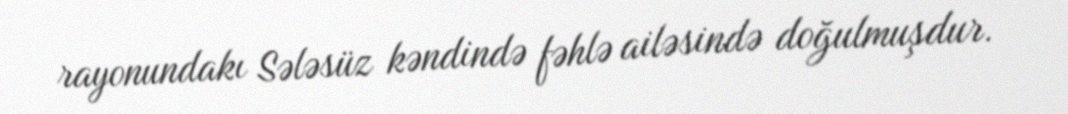
rayonundakı Sələsüz kəndində fəhlə ailəsində doğulmuşdur.